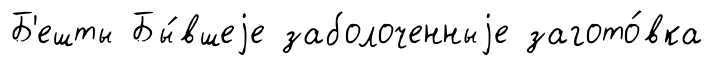
Б'ешты Бы́вшеjе заболоченныjе загото́вка